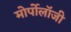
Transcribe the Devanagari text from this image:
मोर्पोलॉजी